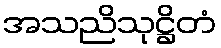
အသညိသုဋ္ဌိတံ